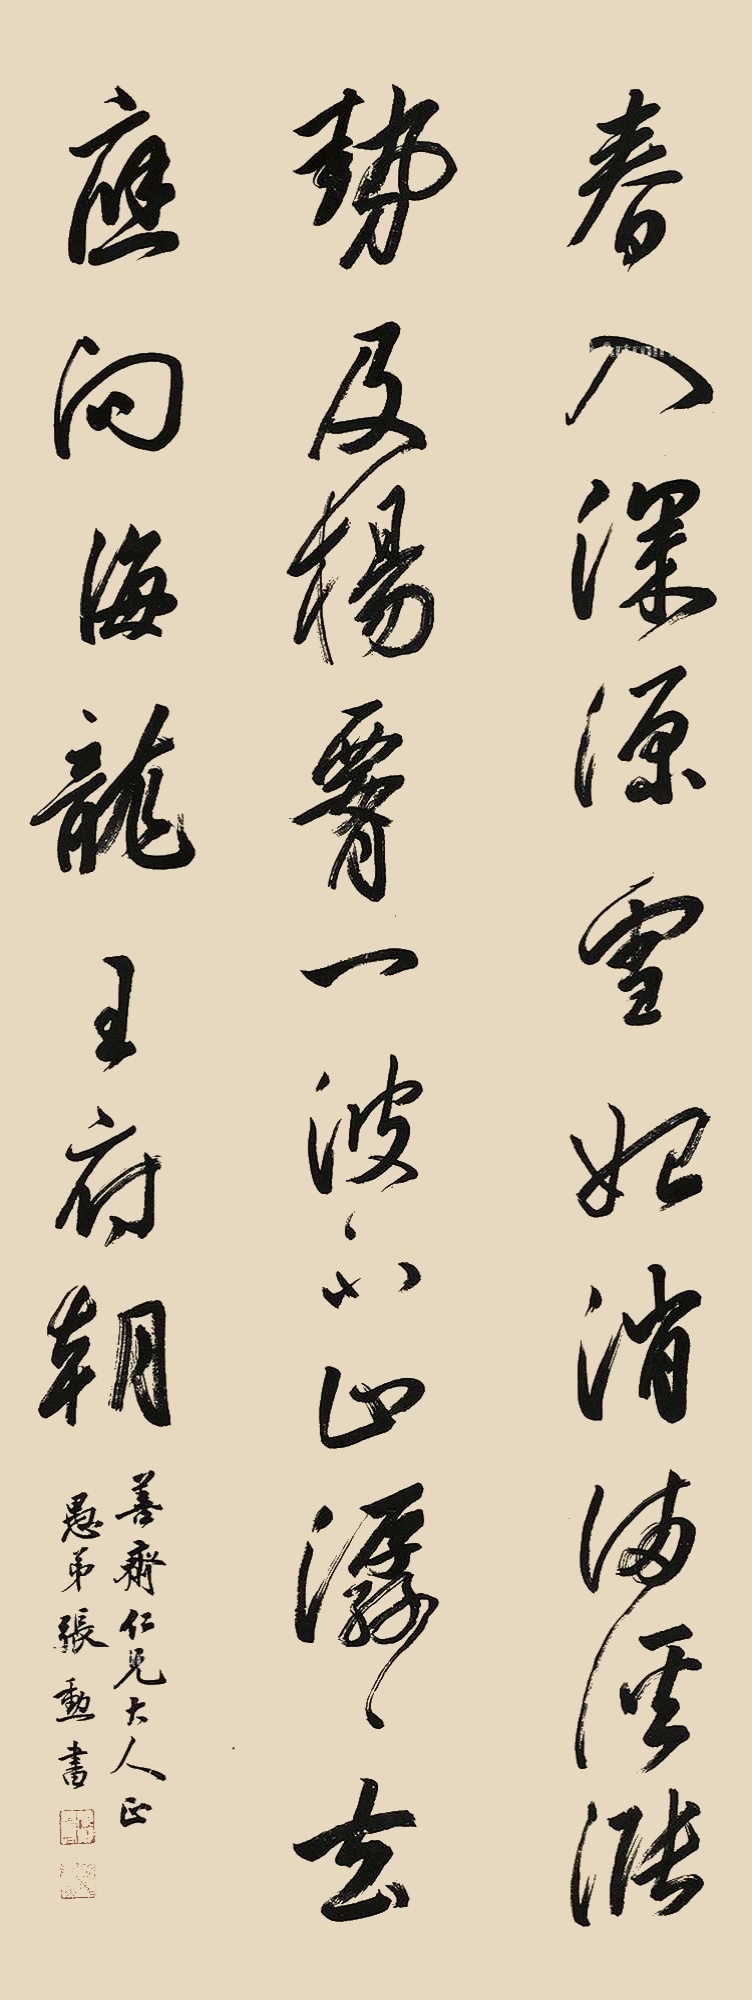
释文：春入深源雪始消，满烟涨势及杨腰。一波不止潺潺去，应向海龙王府朝。善齐仁兄大人正，愚弟张勲书。